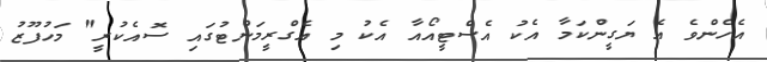
އެހެންވެ އެ ޔަގީންކަމާ އެކު އެސްޓީއޯއާ އެކު މި އެގްރީމަންޓުގައި ސޮއެކުރީ" މަހުފޫޒު